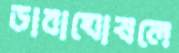
ডাবাঘোষলে